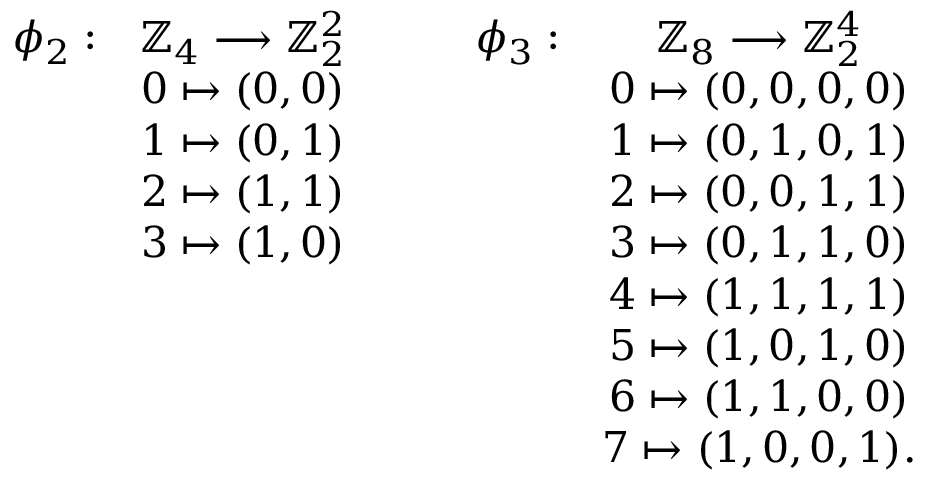
\left. \begin{array} { c c c c c c c c c l } { \phi _ { 2 } : } & { \mathbb { Z } _ { 4 } \longrightarrow \mathbb { Z } _ { 2 } ^ { 2 } } & & & { \phi _ { 3 } : } & { \mathbb { Z } _ { 8 } \longrightarrow \mathbb { Z } _ { 2 } ^ { 4 } } \\ & { 0 \mapsto ( 0 , 0 ) } & & & & { 0 \mapsto ( 0 , 0 , 0 , 0 ) } \\ & { 1 \mapsto ( 0 , 1 ) } & & & & { 1 \mapsto ( 0 , 1 , 0 , 1 ) } \\ & { 2 \mapsto ( 1 , 1 ) } & & & & { 2 \mapsto ( 0 , 0 , 1 , 1 ) } \\ & { 3 \mapsto ( 1 , 0 ) } & & & & { 3 \mapsto ( 0 , 1 , 1 , 0 ) } \\ & & & & & { 4 \mapsto ( 1 , 1 , 1 , 1 ) } \\ & & & & & { 5 \mapsto ( 1 , 0 , 1 , 0 ) } \\ & & & & & { 6 \mapsto ( 1 , 1 , 0 , 0 ) } \\ & & & & & { 7 \mapsto ( 1 , 0 , 0 , 1 ) . } \end{array} \right.